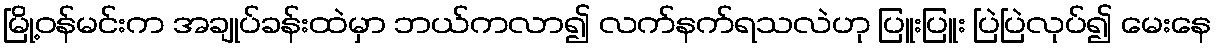
မြို့ဝန်မင်းက အချုပ်ခန်းထဲမှာ ဘယ်ကလာ၍ လက်နက်ရသလဲဟု ပြူးပြူး ပြဲပြဲလုပ်၍ မေးနေ